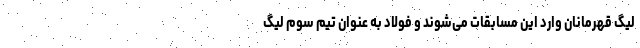
لیگ قهرمانان وارد این مسابقات می‌شوند و فولاد به عنوان تیم سوم لیگ